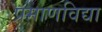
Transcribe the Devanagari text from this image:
प्रमाणविद्या